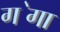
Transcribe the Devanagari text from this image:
ग॓गा